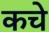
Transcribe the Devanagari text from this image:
कचे